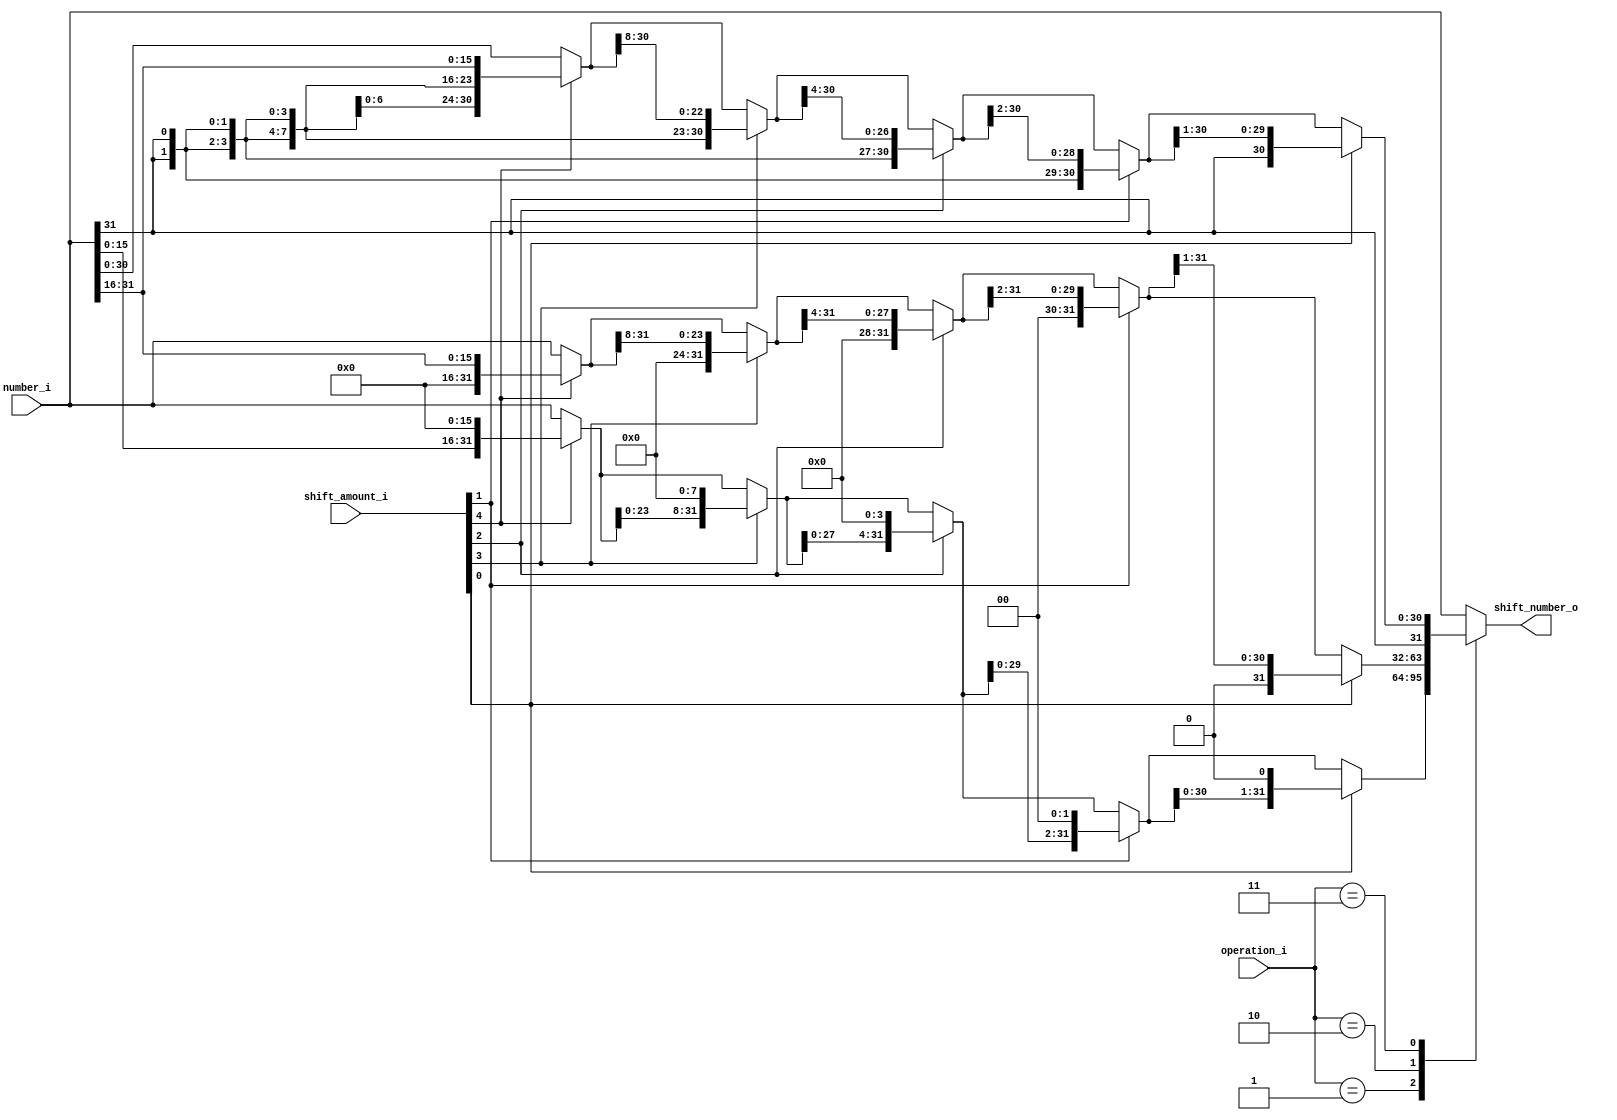
// shifter
module barrelShifter #(
    parameter N = 32,
    parameter B = $clog2(N)
) (
    input [N-1:0] number_i,
    input [B-1:0] shift_amount_i,
    input [  1:0] operation_i,
    //input en_i,

    output [N-1:0] shift_number_o
);

parameter LEFT = 2'b01, RIGHT = 2'b10, ARIGHT = 2'b11;

reg [N-1:0] shift_reg;

always @(*) begin
   // if (en_i) begin
        shift_reg = number_i;
        case (operation_i)
        LEFT:begin
            if(shift_amount_i[4])
                shift_reg = {shift_reg[15:0],{16{1'b0}}};

            if(shift_amount_i[3])
                shift_reg = {shift_reg[23:0],{8{1'b0}}};

            if(shift_amount_i[2])
                shift_reg = {shift_reg[27:0],{4{1'b0}}};

            if(shift_amount_i[1])
                shift_reg = {shift_reg[29:0],{2{1'b0}}};

            if(shift_amount_i[0])
                shift_reg = {shift_reg[30:0],{1{1'b0}}};

        end
        RIGHT:begin
            if(shift_amount_i[4])
                shift_reg = {{16{1'b0}}, shift_reg[31:16]};

            if(shift_amount_i[3])
                shift_reg = {{8{1'b0}}, shift_reg[31:8]};
            
            if(shift_amount_i[2])
                shift_reg = {{4{1'b0}}, shift_reg[31:4]};
            
            if(shift_amount_i[1])
                shift_reg = {{2{1'b0}}, shift_reg[31:2]};

            if(shift_amount_i[0])
                shift_reg = {{1{1'b0}}, shift_reg[31:1]};
        end
        ARIGHT:begin
            if(shift_amount_i[4])
                shift_reg = {{16{shift_reg[31]}}, shift_reg[31:16]};

            if(shift_amount_i[3])
                shift_reg = {{8{shift_reg[31]}}, shift_reg[31:8]};
            
            if(shift_amount_i[2])
                shift_reg = {{4{shift_reg[31]}}, shift_reg[31:4]};
            
            if(shift_amount_i[1])
                shift_reg = {{2{shift_reg[31]}}, shift_reg[31:2]};

            if(shift_amount_i[0])
                shift_reg = {{1{shift_reg[31]}}, shift_reg[31:1]};
        end
        default: shift_reg = number_i;
        endcase 
    //end
end

assign shift_number_o = shift_reg;
    
endmodule